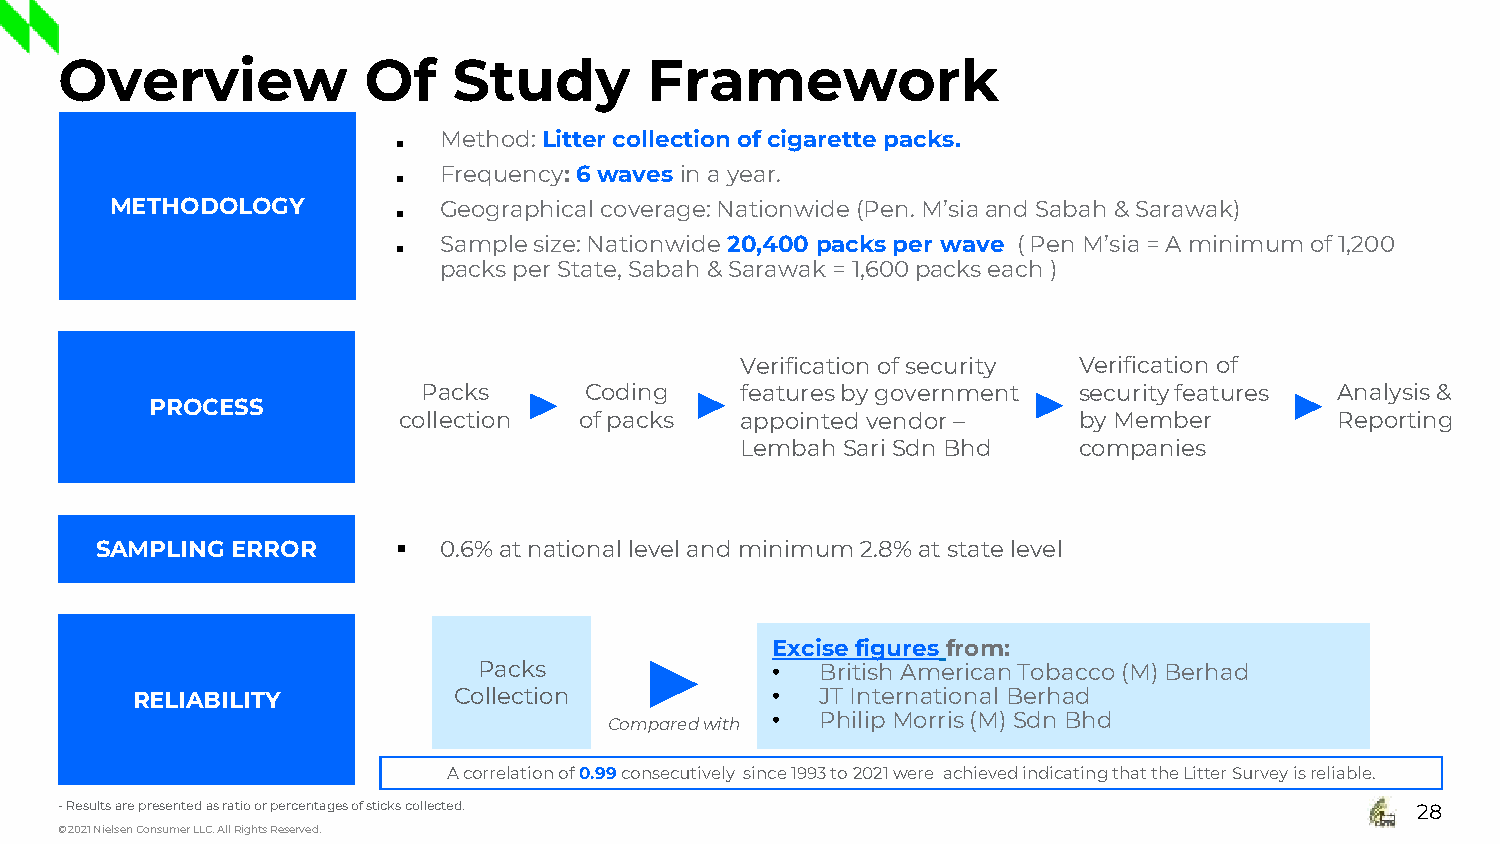
Overview            Of    Study        Framework
 Method: Litter collection of cigarette packs.
 ■
 Frequency: 6 waves in a year.
 ■
 METHODOLOGY           Geographical coverage: Nationwide (Pen. M’siaand Sabah & Sarawak)
 ■
 Sample size: Nationwide 20,400 packs per wave ( Pen M’sia= A minimum of 1,200
 ■
 packs per State, Sabah & Sarawak = 1,600 packs each )
 Verification of security Verification of
 Packs      Coding    features by government security features Analysis &
 PROCESS
 collection  of packs   appointed vendor –    by Member         Reporting
 LembahSari SdnBhd     companies
 SAMPLING ERROR      ▪  0.6% at national level and minimum 2.8% at state level
 Excise figures from:
 Packs              •  British American Tobacco (M) Berhad
 RELIABILITY          Collection           •  JT International Berhad
 •  Philip Morris (M) SdnBhd
 Comparedwith
 A correlation of 0.99consecutively since 1993 to 2021were achieved indicating that the Litter Survey is reliable.
 -Results are presented as ratio or percentages of sticks collected.                       28
 © 2021 Nielsen Consumer LLC. All Rights Reserved.